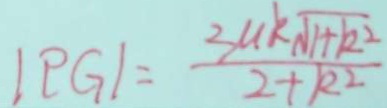
\vert P G \vert = \frac { 3 u k \sqrt { 1 + k ^ { 2 } } } { 2 + k ^ { 2 } }